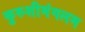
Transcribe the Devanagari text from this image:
कुरुशीमंगलम